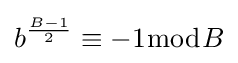
b^{\frac {B-1}{2}}\equiv -1{\bmod {B}}